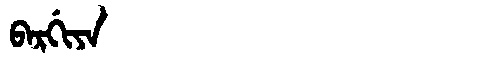
Manchu: ᠪᠠᡵᡤᡳᠶᠠ
Romanization: BARGIYA